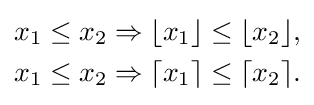
{\begin{aligned}x_{1}\leq x_{2}&\Rightarrow \lfloor x_{1}\rfloor \leq \lfloor x_{2}\rfloor ,\\x_{1}\leq x_{2}&\Rightarrow \lceil x_{1}\rceil \leq \lceil x_{2}\rceil .\end{aligned}}